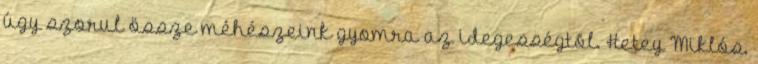
úgy szorul össze méhészeink gyomra az idegességtõl. Hetey Miklós,